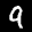
Label: 9